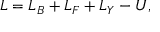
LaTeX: { \cal L } = { \cal L } _ { B } + { \cal L } _ { F } + { \cal L } _ { Y } - U ,